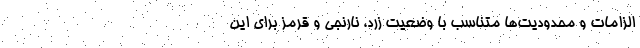
الزامات و محدودیت‌ها متناسب با وضعیت زرد، نارنجی و قرمز برای این